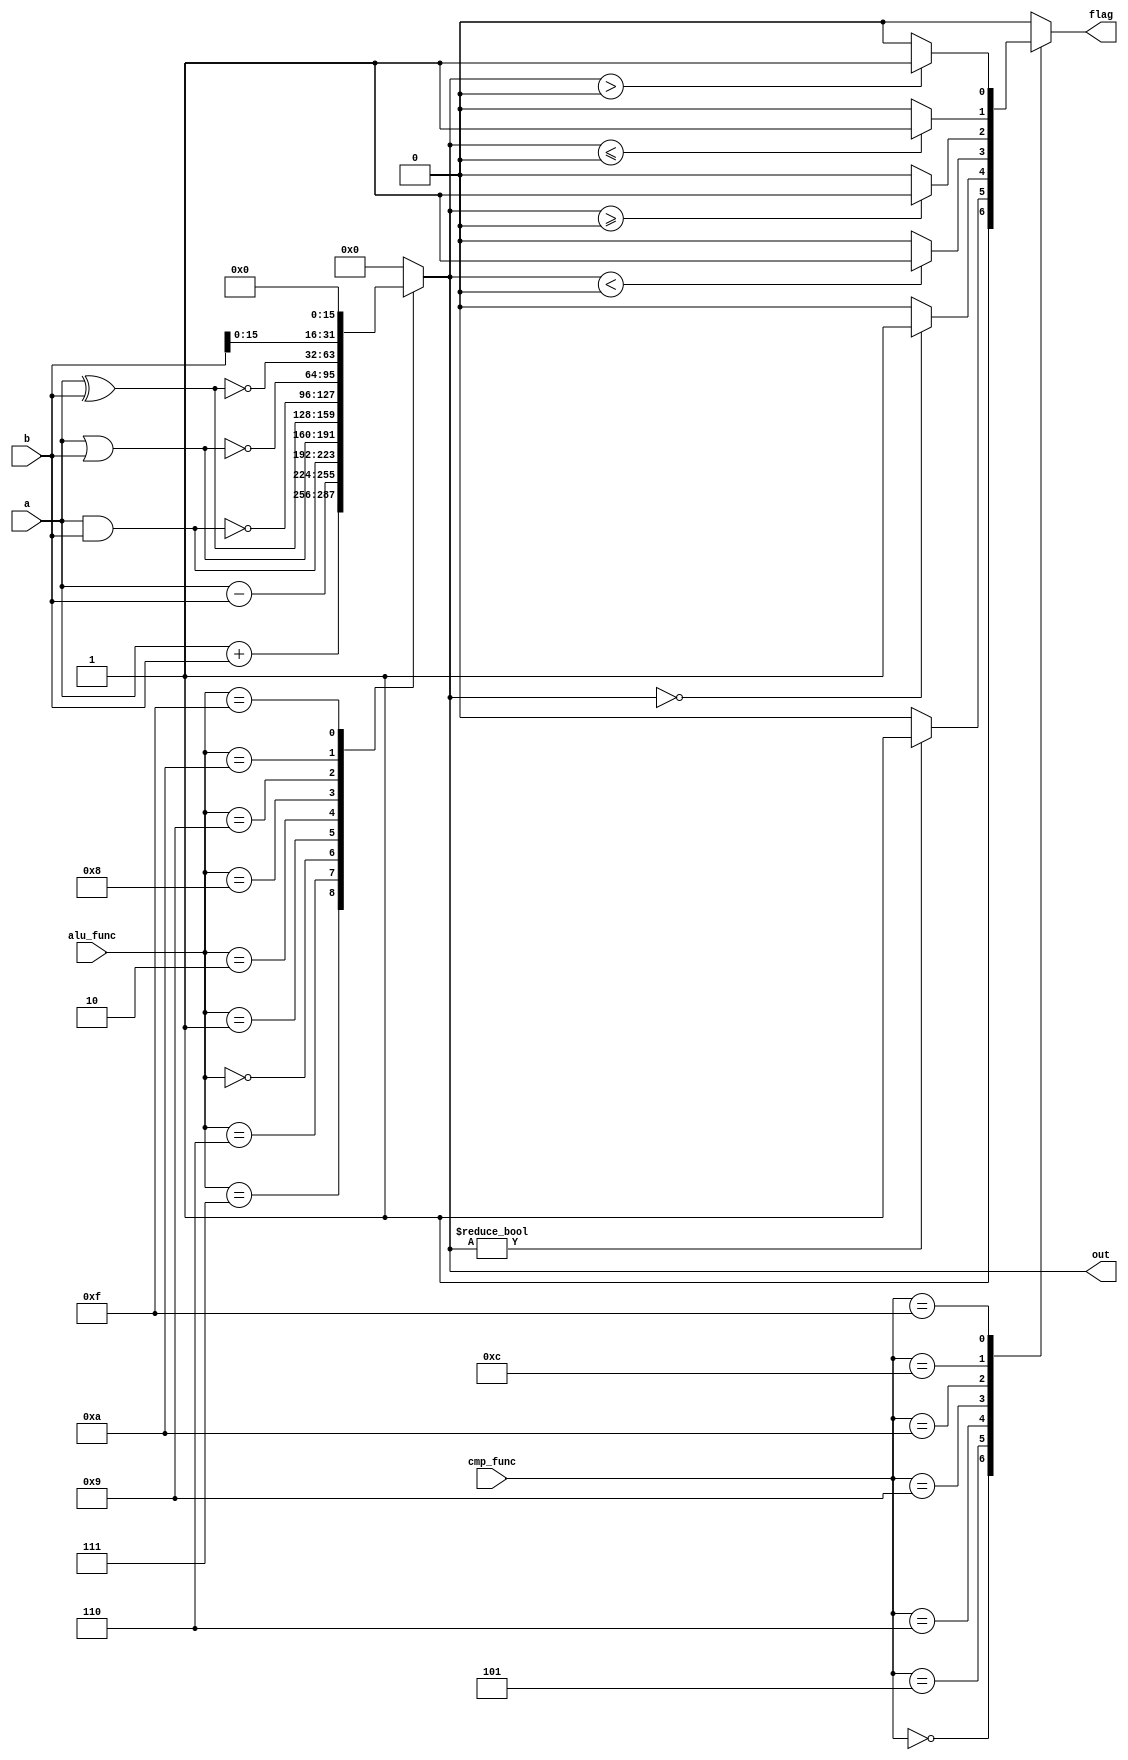
module Alu(a,b,alu_func, cmp_func, flag, out);
   parameter bitwidth = 32;
   input signed [bitwidth-1:0]a,b;
   input[3:0] alu_func;
   input[3:0] cmp_func;

   output flag;
   reg flag;
   output signed [bitwidth-1:0] out;
   reg signed [bitwidth-1:0] out;
   
   always @(a,b,alu_func) begin
      case(alu_func)
        4'b0111: out = a + b;     //ADD
        4'b0110: out = a - b;     //SUB
        4'b0000: out = a & b;     //AND
        4'b0001: out = a | b;     //OR
        4'b0010: out = a ^ b;     //XOR
        4'b1000: out = ~(a & b);  //NAND
        4'b1001: out = ~(a | b);  //NOR
        4'b1010: out = ~(a ^ b);  //XNOR
        4'b1111: out = (b<<(bitwidth/2)); //MVHI
        default: out = {bitwidth{1'b0}};
      endcase //case(alu_func)
   end // always@(a,b,opcode) begin

   always @(out, cmp_func) begin
      case(cmp_func)
        4'b0000: flag = 1'b1;              //TRUE
        4'b0011: flag = 1'b0;              //FALSE
        4'b0101: flag = (out != {bitwidth{1'b0}}) ? 1'b1 : 1'b0;   // A!=B
        4'b0110: flag = (out == {bitwidth{1'b0}}) ? 1'b1 : 1'b0;   // A==B
        4'b1001:
          flag = ($signed(out) < $signed({bitwidth{1'b0}}))  ? 1'b1 : 1'b0;   // A<B
        4'b1010:
          flag = ($signed(out) >= $signed({bitwidth{1'b0}})) ? 1'b1 : 1'b0;   // A>=B
        4'b1100:
          flag = ($signed(out) <= $signed({bitwidth{1'b0}})) ? 1'b1 : 1'b0;   // A<=B
        4'b1111:
          flag = ($signed(out) > $signed({bitwidth{1'b0}}))  ? 1'b1 : 1'b0;   // A>B
        default: flag = 1'b0;
      endcase //case(opcode)
   end // always @ (out)
endmodule